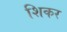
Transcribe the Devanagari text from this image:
शिकर